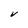
Character: V